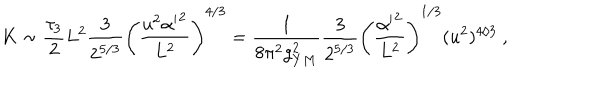
LaTeX: K \sim \frac { \tau _ { 3 } } { 2 } L ^ { 2 } \frac { 3 } { 2 ^ { 5 / 3 } } \left( \frac { u ^ { 2 } { \alpha ^ { \prime } } ^ { 2 } } { L ^ { 2 } } \right) ^ { 4 / 3 } = \frac { 1 } { 8 \pi ^ { 2 } g _ { Y M } ^ { 2 } } \frac { 3 } { 2 ^ { 5 / 3 } } \left( \frac { { \alpha ^ { \prime } } ^ { 2 } } { L ^ { 2 } } \right) ^ { 1 / 3 } ( u ^ { 2 } ) ^ { 4 / 3 } \ ,